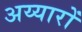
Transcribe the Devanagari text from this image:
अय्यारों